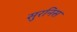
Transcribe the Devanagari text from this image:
सुरनिस